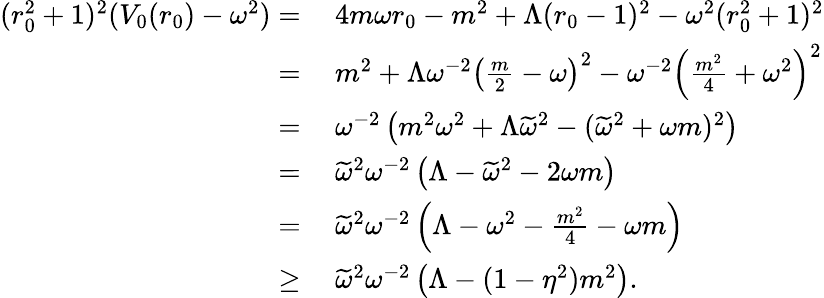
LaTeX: \begin{array}{rl}{(r_{0}^{2}+1)^{2}(V_{0}(r_{0})-\omega^{2})=}&{\: 4m\omega r_{0}-m^{2}+\Lambda(r_{0}-1)^{2}-\omega^{2}(r_{0}^{2}+1)^{2}}\\ {=}&{\: m^{2}+\Lambda\omega^{-2}\left(\frac{m}{2}-\omega\right)^{2}-\omega^{-2}\left(\frac{m^{2}}{4}+\omega^{2}\right)^{2}}\\ {=}&{\: \omega^{-2}\left(m^{2}\omega^{2}+\Lambda\widetilde{\omega}^{2}-(\widetilde{\omega}^{2}+\omega m)^{2}\right)}\\ {=}&{\: \widetilde{\omega}^{2}\omega^{-2}\left(\Lambda-\widetilde{\omega}^{2}-2\omega m\right)}\\ {=}&{\: \widetilde{\omega}^{2}\omega^{-2}\left(\Lambda-\omega^{2}-\frac{m^{2}}{4}-\omega m\right)}\\ {\geq}&{\: \widetilde{\omega}^{2}\omega^{-2}\left(\Lambda-(1-\eta^{2})m^{2}\right).}\end{array}